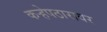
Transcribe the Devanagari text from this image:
कऱ्हेपठारावर